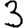
Digit: 3